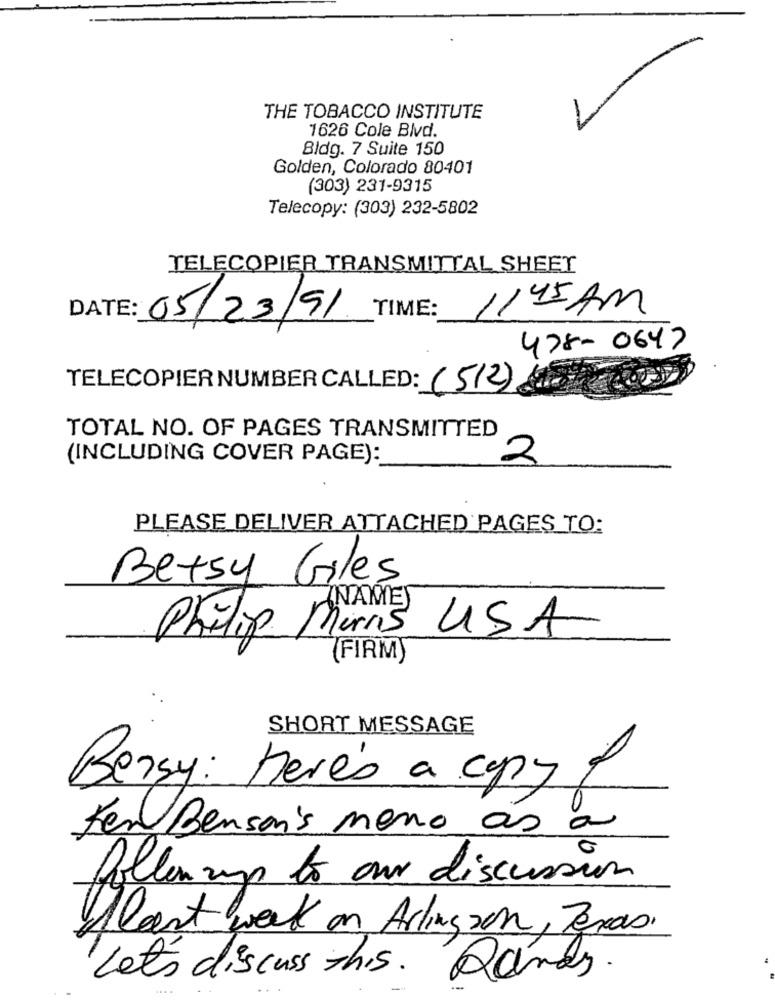
THE TOBACCO INSTITUTE
1626 Cole Blvd.
Bldg. 7 Suite 150
Golden, Colorado 80401
(303) 231-9315
Telecopy: (303) 232-5802
TELECOPIER TRANSMITTAL SHEET
1145 AM
DATE: 05/23/91 TIME:
478-0647
TELECOPIER NUMBER CALLED: (512)
TOTAL NO. OF PAGES TRANSMITTED
(INCLUDING COVER PAGE):
2
PLEASE DELIVER ATTACHED PAGES TO:
Betsy Giles
ZNAKMEJ
Philip Morris USA
(FIRM
SHORT MESSAGE
Berry: here's a copy of
Ker Bensai's meno ás a
followup to our discussion
Mlast week on Arlington, Texas.
Let's discuss this.
Rames.